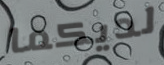
لديكما